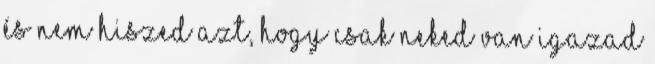
és nem hiszed azt, hogy csak neked van igazad